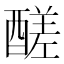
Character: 醝